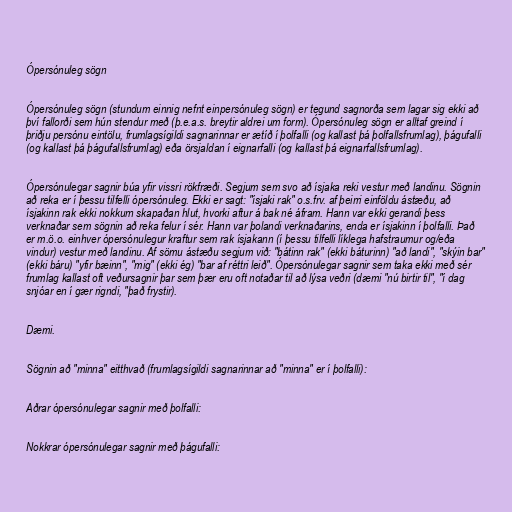
Ópersónuleg sögn

Ópersónuleg sögn (stundum einnig nefnt einpersónuleg sögn) er tegund sagnorða sem lagar sig ekki að
því fallorði sem hún stendur með (þ.e.a.s. breytir aldrei um form). Ópersónuleg sögn er alltaf greind í
þriðju persónu eintölu, frumlagsígildi sagnarinnar er ætíð í þolfalli (og kallast þá þolfallsfrumlag), þágufalli
(og kallast þá þágufallsfrumlag) eða örsjaldan í eignarfalli (og kallast þá eignarfallsfrumlag).

Ópersónulegar sagnir búa yfir vissri rökfræði. Segjum sem svo að ísjaka reki vestur með landinu. Sögnin
að reka er í þessu tilfelli ópersónuleg. Ekki er sagt: "ísjaki rak" o.s.frv. af þeirri einföldu ástæðu, að
ísjakinn rak ekki nokkurn skapaðan hlut, hvorki aftur á bak né áfram. Hann var ekki gerandi þess
verknaðar sem sögnin að reka felur í sér. Hann var þolandi verknaðarins, enda er ísjakinn í þolfalli. Það
er m.ö.o. einhver ópersónulegur kraftur sem rak ísjakann (í þessu tilfelli líklega hafstraumur og/eða
vindur) vestur með landinu. Af sömu ástæðu segjum við: "bátinn rak" (ekki báturinn) "að landi", "skýin bar"
(ekki báru) "yfir bæinn", "mig" (ekki ég) "bar af réttri leið". Ópersónulegar sagnir sem taka ekki með sér
frumlag kallast oft veðursagnir þar sem þær eru oft notaðar til að lýsa veðri (dæmi "nú birtir til", "í dag
snjóar en í gær rigndi, "það frystir).

Dæmi.

Sögnin að "minna" eitthvað (frumlagsígildi sagnarinnar að "minna" er í þolfalli):

Aðrar ópersónulegar sagnir með þolfalli:

Nokkrar ópersónulegar sagnir með þágufalli: